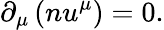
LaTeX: \partial_{\mu}\left(nu^{\mu}\right)=0.